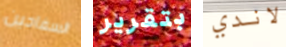
السفاحين بتقرير لاندي